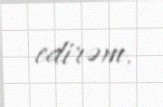
edirəm.